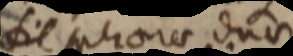
sit sphaeres duvi